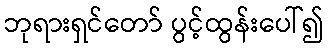
ဘုရားရှင်တော် ပွင့်ထွန်းပေါ်၍